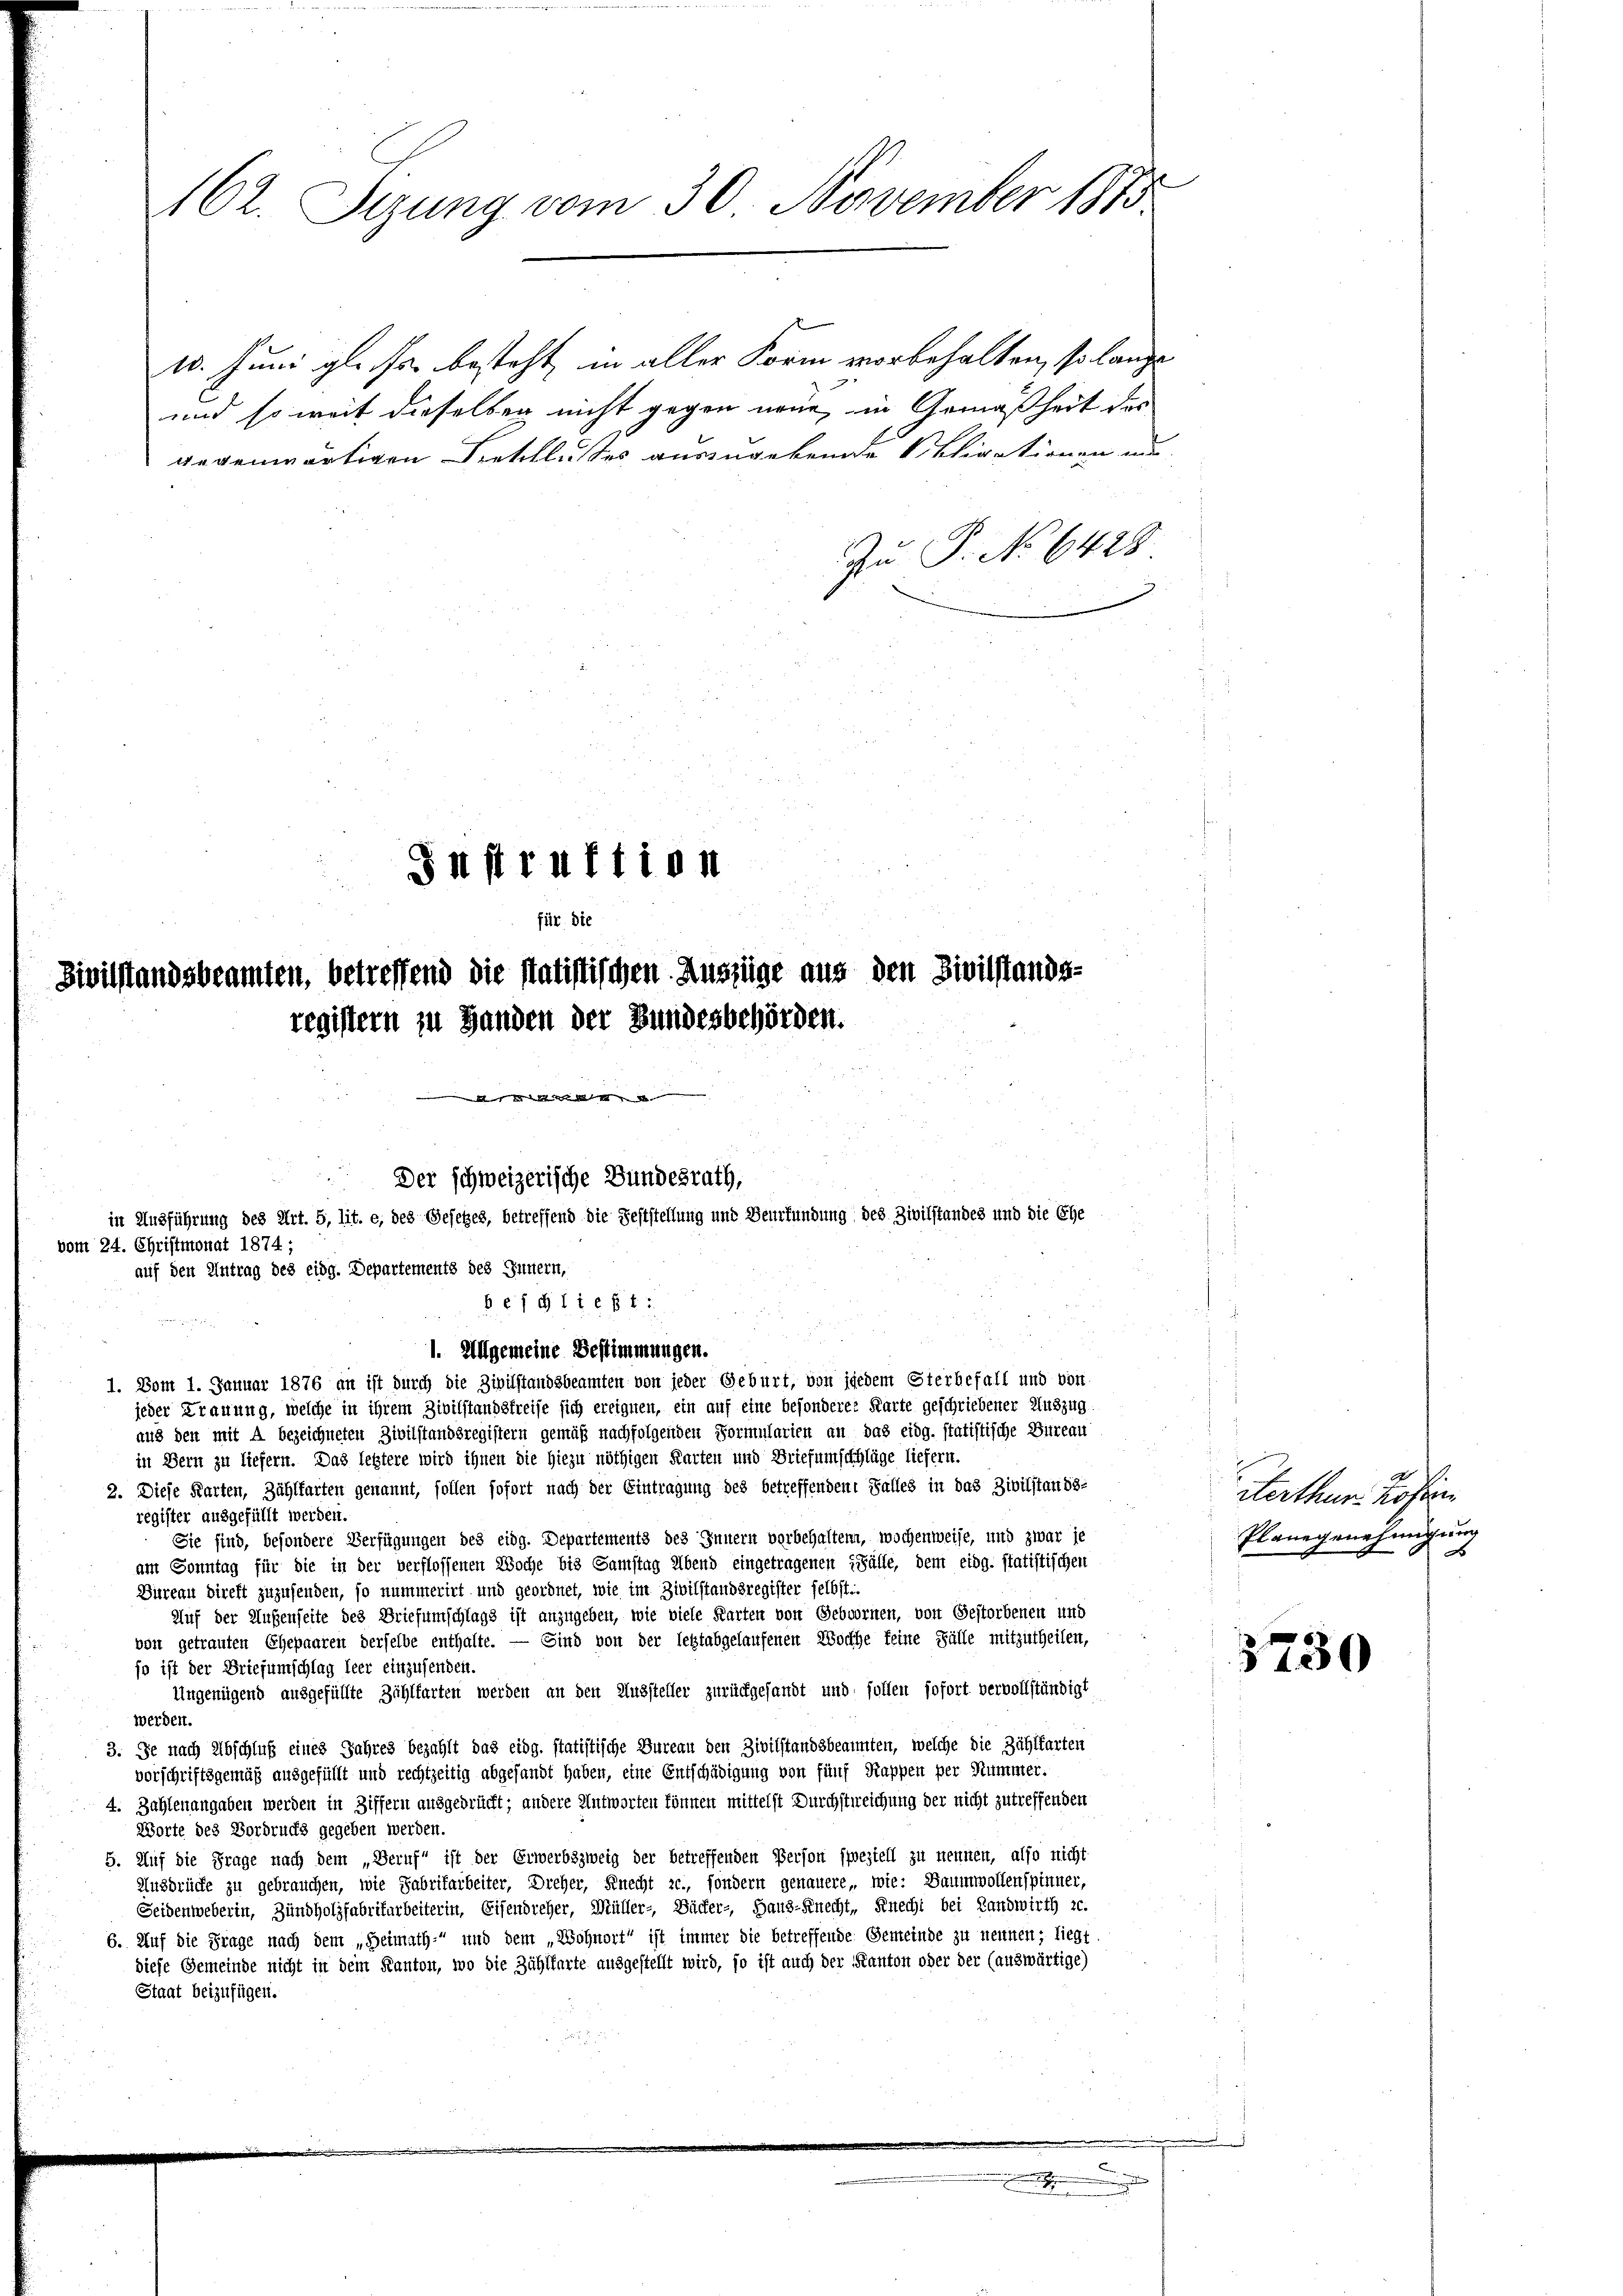
10. Juni gl. Js. besteht, in aller Form vorbehalten, so lange
und so weit dieselben nicht gegen neue, in Gemäßheit des
gegenwärtigen Beschlusses auszugebende Schirationen mi
Zu P. No 6428.

Instruktion
für die
Zivilstandsbeamten, betreffend die statistischen Auszüge aus den Zivilstands-
registern zu Handen der Bundesbehörden.

Der schweizerische Bundesrath,
in Ausführung des Art. 5, lit. e, des Gesetzes, betreffend die Feststellung und Beurfundung des Zivilstandes und die Ehe
vom 24. Christmonat 1874;
auf den Antrag des eidg. Departements des Innern,
b e f g ließt:

162. Sirung vom 30. November 1815.

1. Allgemeine Bestimmungen.
1. Vom 1. Januar 1876 an ist durch die Zivilstandsbeamten von jeder Geburt, von jedem Sterbefall und von

jeder Trauung, welche in ihrem Zivilstandsfreise sich ereignen, ein auf eine besonderer Karte geschriebener Auszug
aus den mit A bezeichneten Zivilstandsregistern gemäß nachfolgenden Formularien an das eidg. statistische Büreau
in Bern zu liefern. Das letztere wird ihnen die hiezu nöthigen Karten und Briefumschlüge liefern.
2. Diese Karten, Zählfarten genannt, sollen sofort nach der Eintragung des betreffenden Falles in das Zivilstands-
register ausgefüllt werden.
Sie sind, besondere Verfügungen des eidg. Departements des Innern vorbehalten, wochenweise, und zwar je
am Sonntag für die in der verflossenen Woche bis Samstag Abend eingetragenen Fälle, dem eidg. statistischen
Bureau direft zuzufenden, so nummerirt und geordnet, wie im Zivilstandsregister selbst.
Auf der Außenseite des Briefumschlags ist anzugeben, wie viele Karten von Gebvornen, von Gestorbenen und
von getrauten Ehepaaren derselbe enthalte. — Sind von der letztabgelaufenen Woche feine Fülle mitzutheilen,
so ist der Briefumschlag leer einzusenden.
Ungenügend ausgefüllte Zählfarten werden an den Aussteller zurückgesandt und sollen sofort vervollständigt
werden.
3. Je nach Abschluß eines Jahres bezahlt das eidg. statistische Dureau den Zivilstandsbeannten, welche die Zählfarten
vorschriftsgemäß ausgefüllt und rechtzeitig abgesandt haben, eine Entschädigung von fünf Kappen per Nummer.
4. Zahlenangaben werden in Ziffern ausgedrückt; andere Antworten können mittelst Durchstreichung der nicht zutreffenden
Worte des Vordrucks gegeben werden.
5. Auf die Frage nach dem „Beruf“ ist der Erwerbszweig der betreffenden Person speziell zu nennen, also nicht
Ausbrücke zu gebrauchen, wie Fabrifarbeiter, Dreher, Knecht zc., sondern genauere, wie: Baumwollenspinner,
Seidenweberin, Zündholzfabrifarbeiterin, Eisendreher, Müller- Bäcker-, Haus-Knecht, Knecht bei Landwirth 20.
6. Auf die Frage nach dem „Heimath- und dem „Wohnort“ ist immer die betreffende Gemeinde zu nennen, liegt.
diese Gemeinde nicht in dem Kanton, wo die Zählfarte ausgestellt wird, so ist auch der Kanton oder der (auswärtige)
Staat beizufügen.

.

sterthur Kosten
Planegenehmigung
x

3730